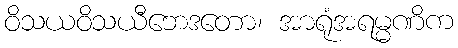
ဝိသယဝိသယီဘေဒတော၊ အာရုံအရမ္မဏိက